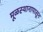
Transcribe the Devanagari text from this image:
मूळस्थानापासून